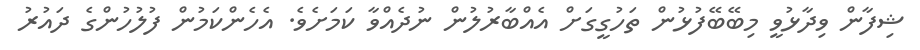
ޝިފާން ވިދާޅުވީ މިބޭބޭފުޅުން ތަހުގީގަށް އެއްބާރުލުން ނުދެއްވާ ކަމަށެވެ. އެހެންކަމުން ފުލުހުންގެ ދައުރު